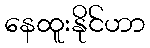
နေထူးနိုင်ဟာ